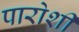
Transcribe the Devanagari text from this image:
पारोशी